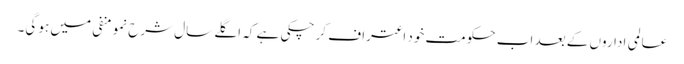
عالمی اداروں کے بعد اب حکومت خود اعتراف کر چکی ہے کہ اگلے سال شرح نمو منفی میں ہو گی۔